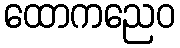
ထောကညေဝ